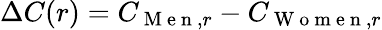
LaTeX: \Delta C(r)=C_{\mathrm{~M~e~n~},r}-C_{\mathrm{~W~o~m~e~n~},r}